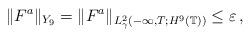
LaTeX: \begin{align*}\Vert F^a\Vert_{Y_9}=\Vert F^a\Vert_{L^2_\gamma(-\infty,T; H^9(\mathbb T))}\leq \varepsilon\,,\end{align*}